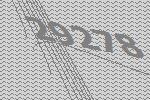
29278